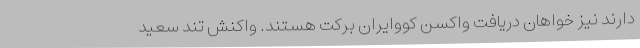
دارند نیز خواهان دریافت واکسن کووایران برکت هستند. واکنش تند سعید